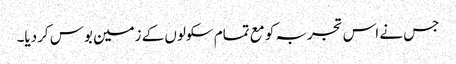
جس نے اس تجربہ کو مع تمام سکولوں کے زمین بوس کردیا۔